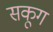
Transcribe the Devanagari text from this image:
सकूग